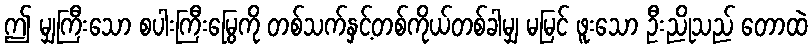
ဤ မျှကြီးသော စပါးကြီးမြွေကို တစ်သက်နှင့်တစ်ကိုယ်တစ်ခါမျှ မမြင် ဖူးသော ဦးညိုသည် တောထဲ